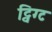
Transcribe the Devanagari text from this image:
ट्विग्ट